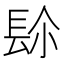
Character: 𨱯